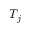
T _ { j }